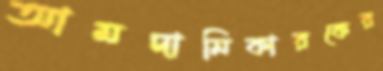
আমদানিকারকের